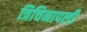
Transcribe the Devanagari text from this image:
त्रिचिनापली